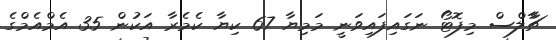
ޗާާލްސް މިފޮޓޯ ނަގައިފައިވަނީ މަމިޔާ 67 ކިޔާ ކެމެރާ އަކުން 35 އެމްއެމްގެ